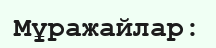
Мұражайлар: